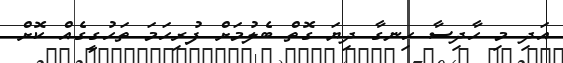
އަދި މި ހާދިސާ ހިނގާ ދިޔަ ގޮތް ބެލުމަށް ފުރިހަމަ ތަހުގީގެއް ކޮށް